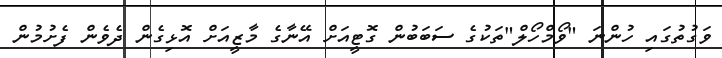
ވަގުތުގައި ހުންނަ "ވޯމްހޯލް"ތަކުގެ ސަބަބުން ގޮޓީއަށް އޭނާގެ މާޒީއަށް އޮޅިގެން ދެވެން ފެށުމުން